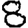
Digit: 8